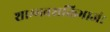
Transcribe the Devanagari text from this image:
शाम्भवशक्तिभाजं।